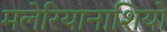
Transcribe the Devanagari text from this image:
मलेरियानाशियों